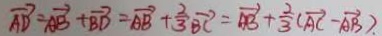
\overrightarrow { A D } = \overrightarrow { A B } + \overrightarrow { B D } = \overrightarrow { A B } + \frac { 2 } { 3 } \overrightarrow { B C } = \overrightarrow { A B } + \frac { 2 } { 3 } ( \overrightarrow { A C } - \overrightarrow { A B } ) .